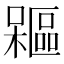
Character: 𣞃